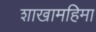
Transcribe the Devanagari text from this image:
शाखामहिमा